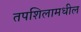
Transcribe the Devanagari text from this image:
तपशिलामधील